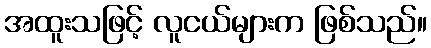
အထူးသဖြင့် လူငယ်များက ဖြစ်သည်။